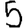
Digit: 5